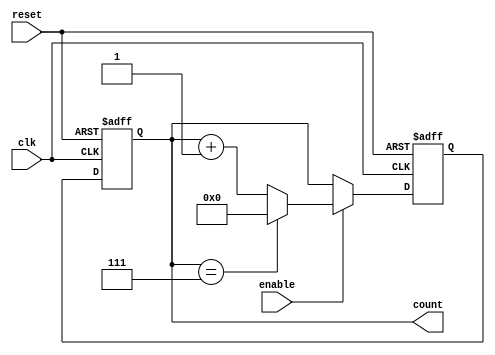
module ModuloN_Up_Counter_with_Enable (
    input wire clk,
    input wire reset,
    input wire enable,
    output reg [N-1:0] count
);

parameter N = 8; // Set N to desired maximum count value
reg [N-1:0] next_count;

always @(posedge clk or posedge reset) begin
    if (reset) begin
        count <= 0;
        next_count <= 0;
    end else begin
        next_count <= enable ? (count == N-1) ? 0 : count + 1 : count;
        count <= next_count;
    end
end

endmodule